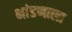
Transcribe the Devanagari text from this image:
भांडणाला